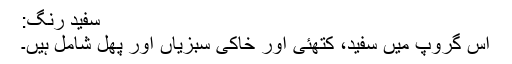
سفید رنگ:
اس گروپ میں سفید، کتھئی اور خاکی سبزیاں اور پھل شامل ہیں۔